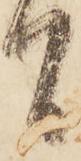
間